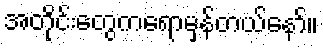
အတိုင်းတွေကရောမှန်တယ်နော်။